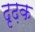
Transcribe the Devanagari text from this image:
दृढ़क